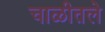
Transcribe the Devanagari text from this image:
चाळीतले